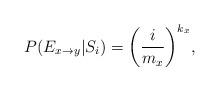
LaTeX: \begin{align*} P(E_{x \rightarrow y}| S_{i})={ \left( \frac{i}{m_x} \right)} ^ {k_x}, \end{align*}